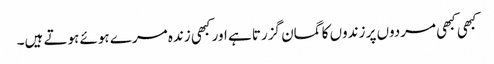
کبھی کبھی مردوں پر زندوں کا گمان گزرتا ہے اور کبھی زندہ مرے ہوئے ہوتے ہیں۔